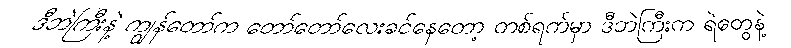
ဒီဘဲကြီးနဲ့ ကျွန်တော်က တော်တော်လေးခင်နေတော့ တစ်ရက်မှာ ဒီဘဲကြီးက ရဲတွေနဲ့